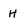
Character: H